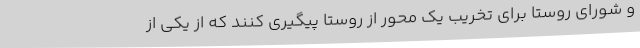
و شورای روستا برای تخریب یک محور از روستا پیگیری کنند که از یکی از